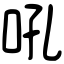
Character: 吼